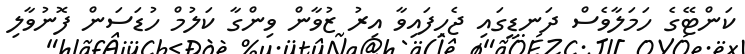
ކަންޓޭގެ ހަމަލާވެސް ދަނޑީގައި ޖެހިފައިވާ އިރު ޒުވާން ވިންގާ ކަލުމް ހުޑަސަން ފޮނުވާލި